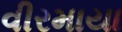
વીરમાયા